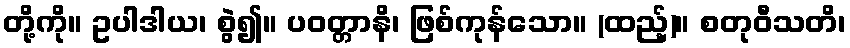
တို့ကို။ ဥပါဒါယ၊ စွဲ၍။ ပဝတ္တာနိ၊ ဖြစ်ကုန်သော။ (ထည့်)။ စတုဝီသတိ၊